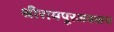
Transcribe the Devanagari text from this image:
श्रीरामपूरजवळच